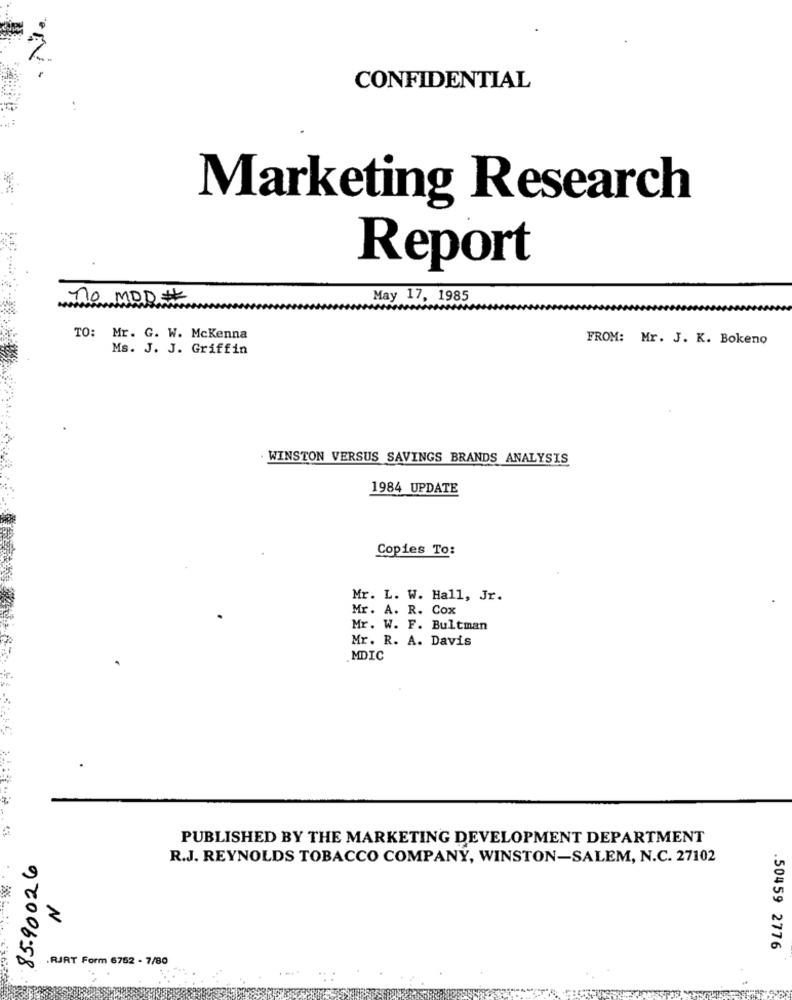
N.
CONFIDENTIAL
Marketing Research
Report
no MOD #
May 17, 1985
TO: Mr. G. W. McKenna
FROM: Mr. J. K. Bokeno
Ms. J. J. Griffin
. WINSTON VERSUS SAVINGS BRANDS ANALYSIS
1984 UPDATE
Copies To:
Mr. L. W. Hall, Jr.
Mr. A. R. Cox
Mr. W. F. Bultman
Mr. R. A. Davis
MDIC
PUBLISHED BY THE MARKETING DEVELOPMENT DEPARTMENT
85.90026
R.J. REYNOLDS TOBACCO COMPANY, WINSTON-SALEM, N.C. 27102
N
50459 2776
.RJRT Form 6752 - 7/80